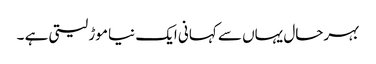
بہرحال یہاں سے کہانی ایک نیا موڑ لیتی ہے ۔